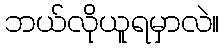
ဘယ်လိုယူရမှာလဲ။